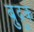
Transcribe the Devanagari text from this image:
ब्रुद्रुक